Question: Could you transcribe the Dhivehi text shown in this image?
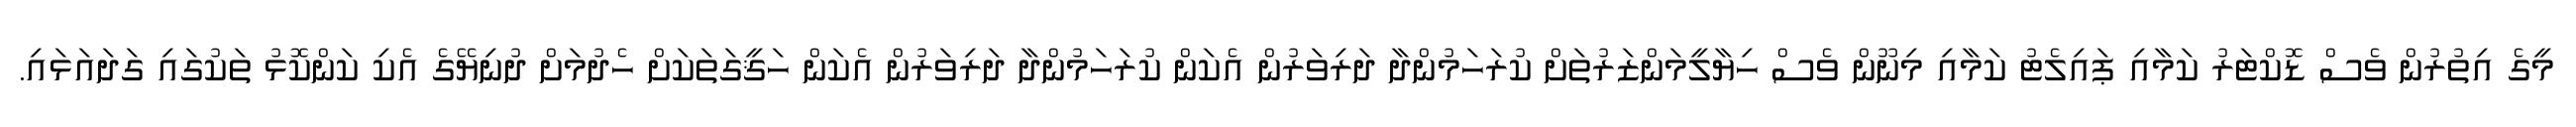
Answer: މީގެ އިތުރުން ވެސް ޑޮކްޓަރު ކަމާއި ޕައިލެޓު ކަމާއި މިނޫން ވެސް ހިޔާލީމަންޒަރުތަށް ކުރަހަމުންދާ ދަރިވަރުން އެކަން ކުރަހަމުންދާ ދަރިވަރުން އެކަން ހަޤީގަތަކަށް ހެދުމަށް ދުނިޔޭގެ އެކި ކަންކޮޅު ތަކުގައި ގަދައަޅައި.